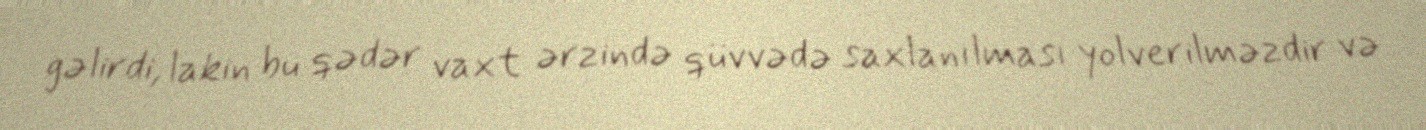
gəlirdi, lakin bu qədər vaxt ərzində qüvvədə saxlanılması yolverilməzdir və